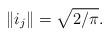
LaTeX: \begin{align*}\|i_j\|=\sqrt{2/\pi}.\end{align*}